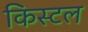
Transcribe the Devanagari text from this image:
किस्टल